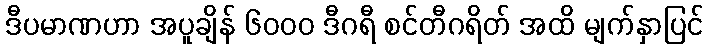
ဒီပမာဏဟာ အပူချိန် ၆၀၀၀ ဒီဂရီ စင်တီဂရိတ် အထိ မျက်နှာပြင်